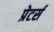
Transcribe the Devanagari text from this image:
प्रेटर्स